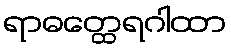
ရာဓတ္ထေရဂါထာ